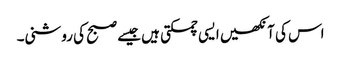
اس کی آنکھیں ایسی چمکتی ہیں جیسے صبح کی روشنی۔